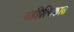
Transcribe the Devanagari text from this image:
साहित्यिकात